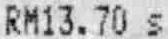
RM13.70 S